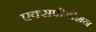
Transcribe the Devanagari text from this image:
एक्सपीडीशन